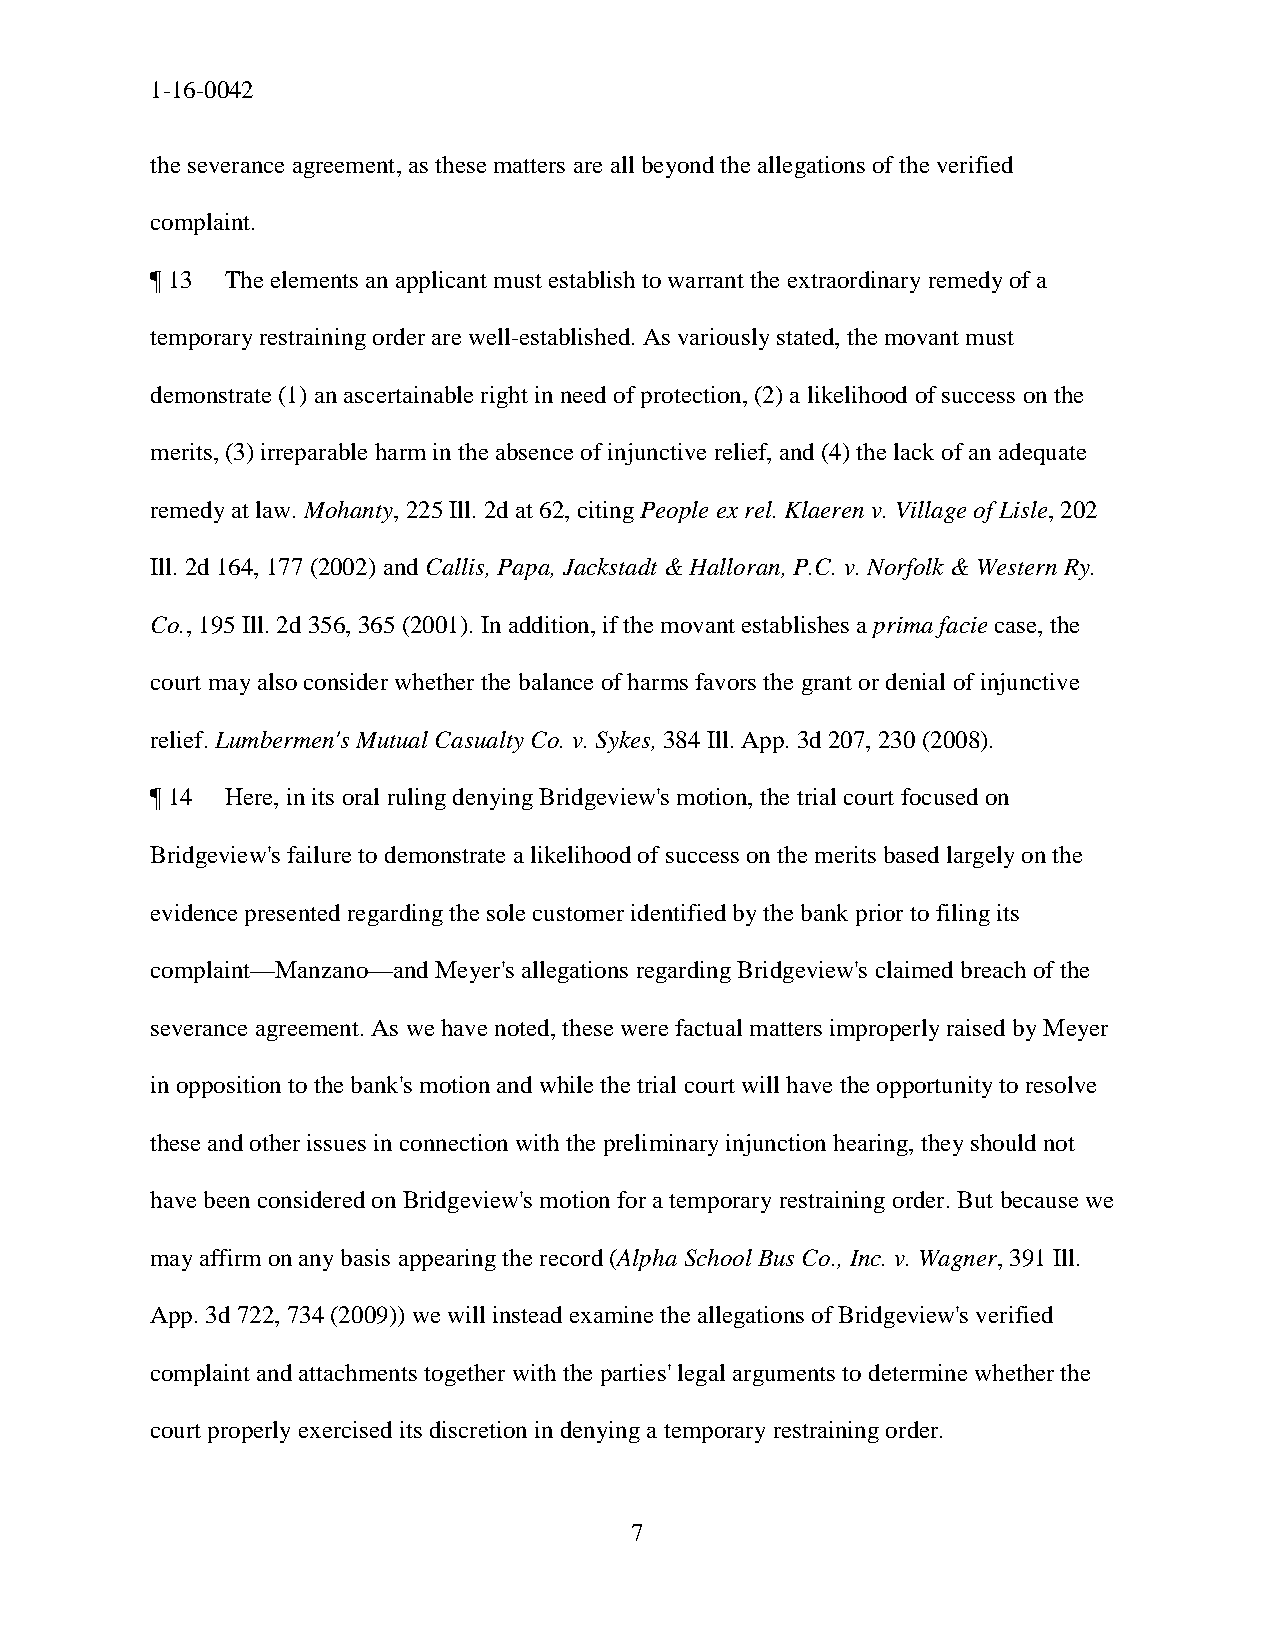
1-16-0042
 the severance agreement, as these matters are all beyond the allegations of the verified
 complaint.
 ¶ 13 The elements an applicant must establish to warrant the extraordinary remedy of a
 temporary restraining order are well-established. As variously stated, the movant must
 demonstrate (1) an ascertainable right in need of protection, (2) a likelihood of success on the
 merits, (3) irreparable harm in the absence of injunctive relief, and (4) the lack of an adequate
 remedy at law. Mohanty, 225 Ill. 2d at 62, citing People ex rel. Klaeren v. Village of Lisle, 202
 Ill. 2d 164, 177 (2002) and Callis, Papa, Jackstadt & Halloran, P.C. v. Norfolk & Western Ry.
 Co., 195 Ill. 2d 356, 365 (2001). In addition, if the movant establishes a prima facie case, the
 court may also consider whether the balance of harms favors the grant or denial of injunctive
 relief. Lumbermen's Mutual Casualty Co. v. Sykes, 384 Ill. App. 3d 207, 230 (2008).
 ¶ 14 Here, in its oral ruling denying Bridgeview's motion, the trial court focused on
 Bridgeview's failure to demonstrate a likelihood of success on the merits based largely on the
 evidence presented regarding the sole customer identified by the bank prior to filing its
 complaint—Manzano—and Meyer's allegations regarding Bridgeview's claimed breach of the
 severance agreement. As we have noted, these were factual matters improperly raised by Meyer
 in opposition to the bank's motion and while the trial court will have the opportunity to resolve
 these and other issues in connection with the preliminary injunction hearing, they should not
 have been considered on Bridgeview's motion for a temporary restraining order. But because we
 may affirm on any basis appearing the record (Alpha School Bus Co., Inc. v. Wagner, 391 Ill.
 App. 3d 722, 734 (2009)) we will instead examine the allegations of Bridgeview's verified
 complaint and attachments together with the parties' legal arguments to determine whether the
 court properly exercised its discretion in denying a temporary restraining order.
 7